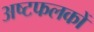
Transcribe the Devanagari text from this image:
अष्टफलकों